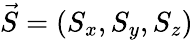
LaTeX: \vec{S}=(S_{x},S_{y},S_{z})